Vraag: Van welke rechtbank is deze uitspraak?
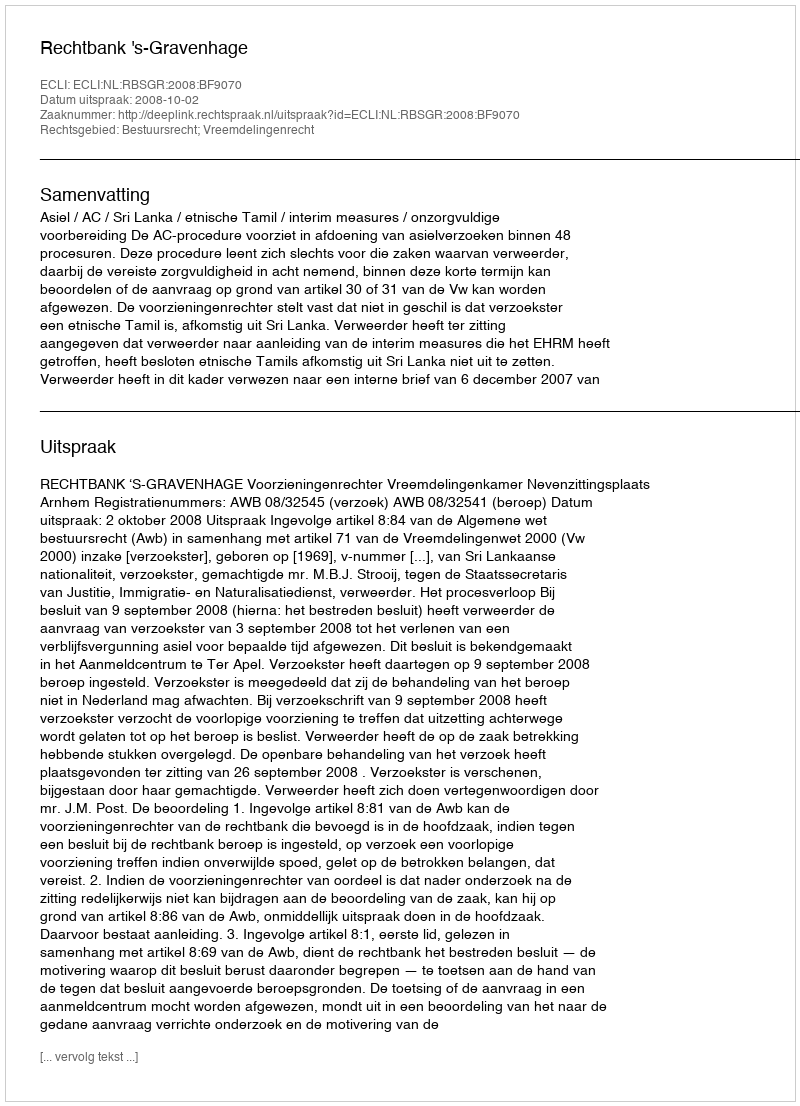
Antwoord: Rechtbank 's-Gravenhage